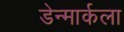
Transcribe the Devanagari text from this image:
डेन्मार्कला